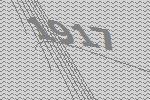
1917